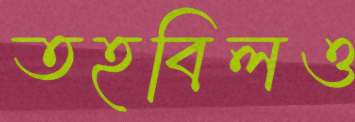
তহবিলও